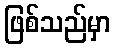
ဖြစ်သည်မှာ